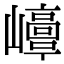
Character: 𡾘